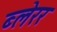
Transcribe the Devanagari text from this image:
ब्लेरर